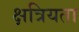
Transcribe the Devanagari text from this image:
क्षत्रियता